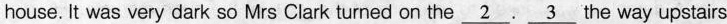
house. It was very dark so Mrs Clark turned on the \underline{2}. \underline{3} the way upstairs